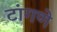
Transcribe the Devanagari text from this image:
टांगणे